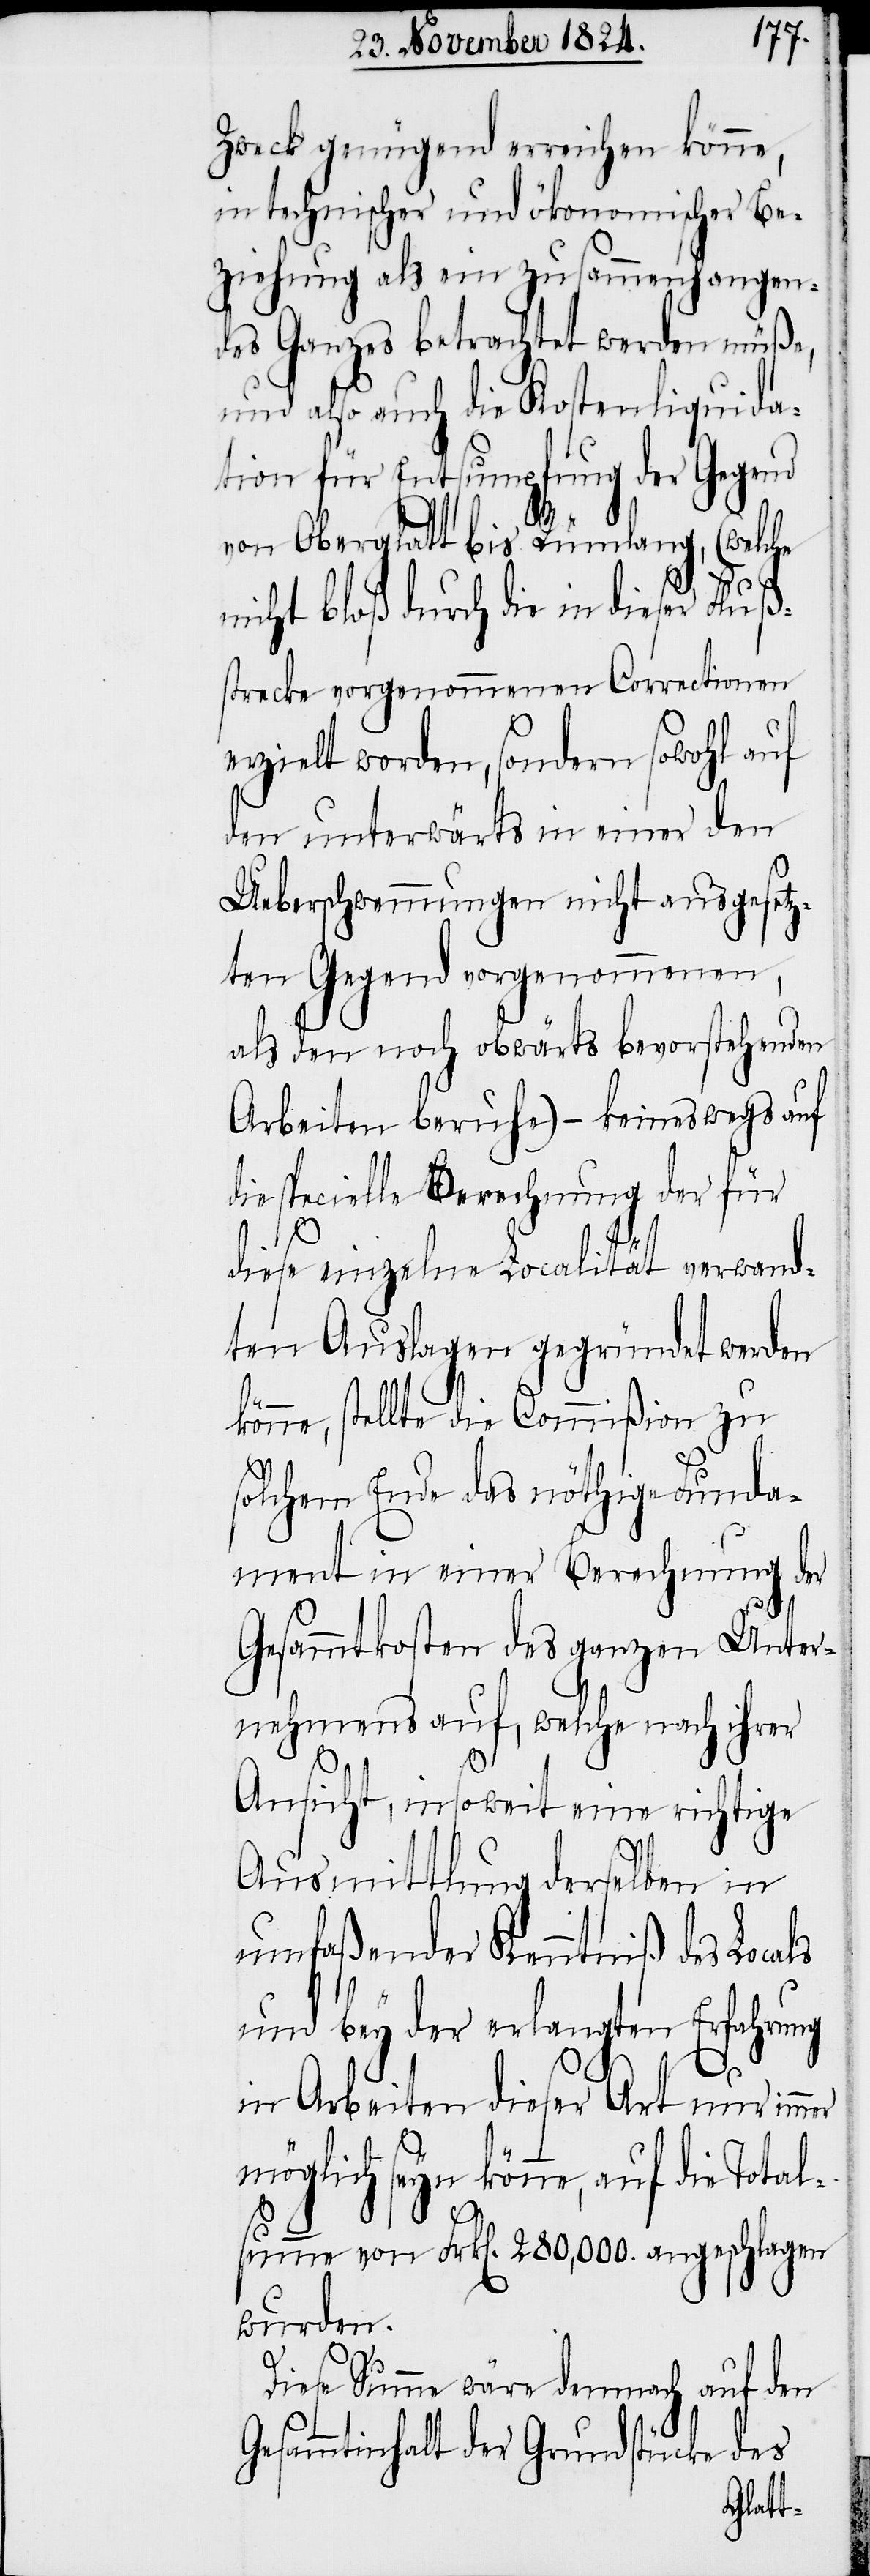
Zweck genügend erreichen könne,
in technischer und ökonomischer Be¬
ziehung als ein zusammenhangen¬
des Ganzes betrachtet werden müße,
und also auch die Kostenliquida¬
tion für Entsumpfung der Gegend
von Oberglatt bis Rümlang, (welche
nicht bloß durch die in dieser Fluß¬
strecke vorgenommenen Correctionen
erzielt worden, sondern sowohl auf
den unterwärts in einer den
Ueberschwemmungen nicht ausgesetz¬
ten Gegend vorgenommenen,
als den noch obwärts bevorstehenden
Arbeiten beruhe) – keineswegs auf
die specielle Berechnung der für
diese einzelne Localität verwand¬
ten Auslagen gegründet werden
könne, stellte die Commißion zu
solchem Ende das nöthige Funda¬
ment in einer Berechnung der
Gesammtkosten des ganzen Unter¬
nehmens auf, welche nach ihrer
Ansicht, insoweit eine richtige
Ausmittlung derselben in
umfaßender Kenntniß des Locals
und bey der erlangten Erfahrung
in Arbeiten dieser Art nur immer
möglich seyn könne, auf die Total¬
summe von Frk[en]. 280,000. angeschlagen
wurden.
Diese Summe wäre demnach auf den
Gesammtinhalt der Grundstücke des